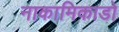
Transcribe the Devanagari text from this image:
नाकामिकाडो